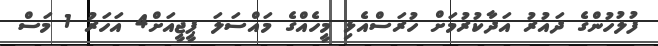
ފުލުހުންގެ ދައުރު އަދާކުރުމަށް ހުރަސްއެޅި މީހެއްގެ މައްސަލަ ޕީޖީއަށް4 އަހަރު 1 މަސް